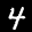
Label: 4